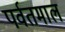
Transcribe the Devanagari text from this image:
पर्वतमाल